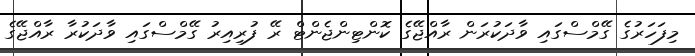
މިފަހަރުގެ ގޭމްސްގައި ވާދަކުރަން ރާއްޖޭގެ ކޮންޓިންޖެންޓް ރޭ ފުރިއިރު ގޭމްސްގައި ވާދަކުރާ ރާއްޖޭގެ